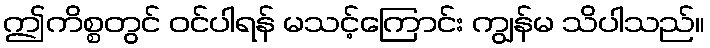
ဤကိစ္စတွင် ဝင်ပါရန် မသင့်ကြောင်း ကျွန်မ သိပါသည်။